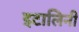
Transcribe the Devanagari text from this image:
इटालिनी